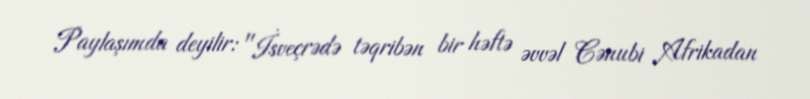
Paylaşımda deyilir: "İsveçrədə təqribən bir həftə əvvəl Cənubi Afrikadan